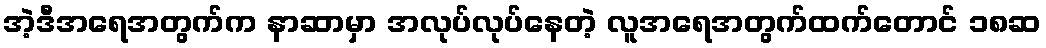
အဲ့ဒီအရေအတွက်က နာဆာမှာ အလုပ်လုပ်နေတဲ့ လူအရေအတွက်ထက်တောင် ၁၈ဆ